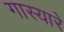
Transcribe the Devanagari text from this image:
गास्यारे